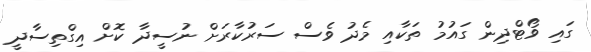
ގައި ވޯޓްދިން ގައުމު ތަކާއި މެދު ވެސް ސަރުކާރަށް ނުސީދާ ކޮށް އިގްތިސާދީ